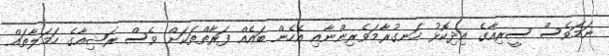
ނަމަވެސް ސީރިއާގެ އިދިކޮޅު ހަނގުރާމަވެރިންނާއި އެހެން ބައެއް ފަރާތްތަކަށް ވެސް ރަޝިއާގެ ހަމަލާތައް